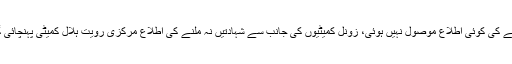
ملک کے کسی بھی حصے سے چاند نظر آنے کی کوئی اطلاع موصول نہیں ہوئی، زونل کمیٹیوں کی جانب سے شہادتیں نہ ملنے کی اطلاع مرکزی رویت ہلال کمیٹی پہنچائی گئی جبکہ کراچی میں بھی چاند نظر نہیں آیا۔